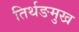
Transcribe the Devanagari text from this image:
तिर्थङमुख